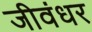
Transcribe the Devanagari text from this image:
जीवंधर